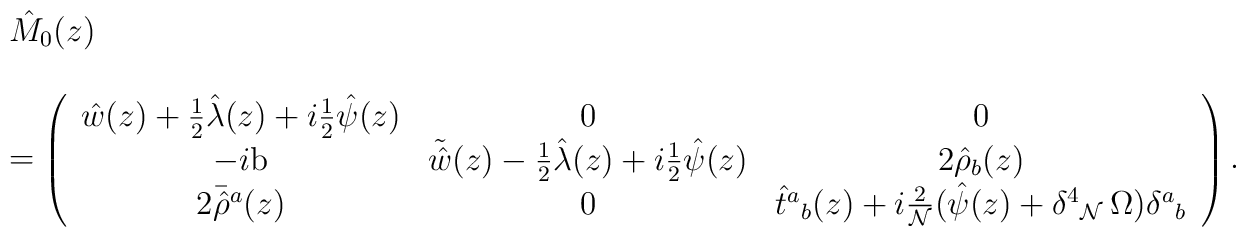
\begin{array}{l}\hat{M}_{0}(z)\\{}\\=\displaystyle{\left(\begin{array}{ccc}        \hat{w}(z) +\textstyle{\frac{1}{2}}\hat{\lambda}(z)+i\textstyle{\frac{1}{2}}\hat{\psi}(z) &         0&0\\       -i{\rm b} &        \tilde{\hat{w}}(z)-\frac{1}{2}\hat{\lambda}(z)+i\textstyle{\frac{1}{2}}\hat{\psi}(z) &         2\hat{\rho}_{b}(z)\\       2\bar{\hat{\rho}}{}^{a}(z)&0&\hat{t}{}^{a}{}_{b}(z)+i\textstyle{\frac{2}{{\cal N}}}(\hat{\psi}(z)+\delta^{4}{}_{{\cal N}}\,\Omega)\delta^{a}{}_{b}        \end{array}\right)}\,.\end{array}